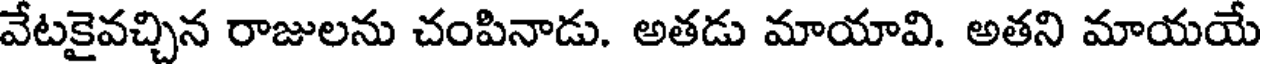
వేటకైవచ్చిన రాజులను చంపినాడు. అతడు మాయావి. అతని మాయయే